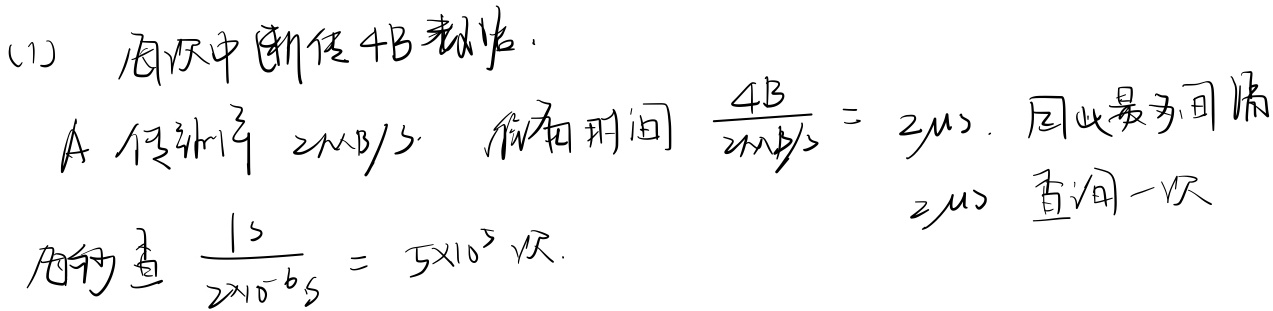
(1) 每次中断传 \(4\text{B}\) 数据。A 传输率 \(2\text{MB}/s\)。传输时间 \(\frac{4\text{B}}{2\text{MB}/s}=2\ \mu s\)。因此最多间隔 \(2\ \mu s\) 查询一次。每秒查 \(\frac{1s}{2\times 10^{- 6}s}=5\times 10^{5}\) 次。